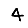
Digit: 4